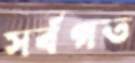
সর্বগত